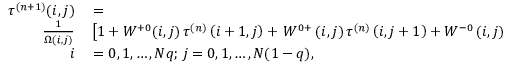
\begin{array} { r l } { \tau ^ { ( n + 1 ) } ( i , j ) } & { { } = } \\ { \frac { 1 } { \Omega ( i , j ) } } & { { } \left[ 1 + W ^ { + 0 } ( i , j ) \thinspace \tau ^ { ( n ) } \left( i + 1 , j \right) + \thinspace W ^ { 0 + } \thinspace ( i , j ) \thinspace \tau ^ { ( n ) } \left( i , j + 1 \right) + W ^ { - 0 } \thinspace ( i , j ) \thinspace \tau ^ { ( n ) } \left( i - 1 , j \right) + W ^ { 0 - } \thinspace ( i , j ) \thinspace \tau ^ { ( n ) } ( i , j - 1 ) \right] , } \\ { i } & { { } = 0 , 1 , \dots , N q ; \thinspace j = 0 , 1 , \dots , N ( 1 - q ) , } \end{array}